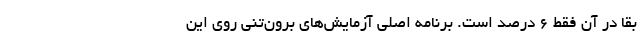
بقا در آن فقط ۶ درصد است. برنامه اصلی آزمایش‌های برون‌تنی روی این